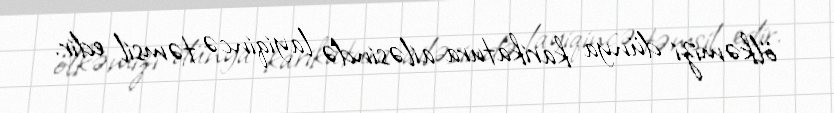
ölkəmizi dünya karikatura ailəsində layiqincə təmsil edir.